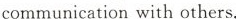
communication with others.